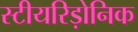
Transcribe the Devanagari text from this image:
स्टीयरिड़ोनिक